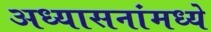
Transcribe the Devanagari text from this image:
अध्यासनांमध्ये